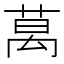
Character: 𫈧